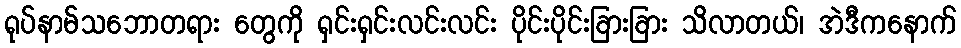
ရုပ်နာမ်သဘောတရား တွေကို ရှင်းရှင်းလင်းလင်း ပိုင်းပိုင်းခြားခြား သိလာတယ်၊ အဲဒီကနောက်